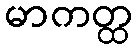
မာကတ္ထ